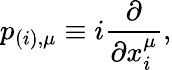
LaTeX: p_{(i),\mu}\equiv i\frac{\partial}{\partial x_{i}^{\mu}},